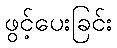
ဖွင့်ပေးခြင်း